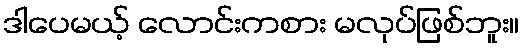
ဒါပေမယ့် လောင်းကစား မလုပ်ဖြစ်ဘူး။